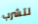
لتشرب